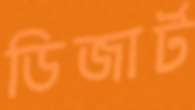
ডিজার্ট